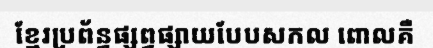
ខ្មែរប្រព័ន្ធផ្សព្វផ្សាយបែបសកល ពោលគឺ